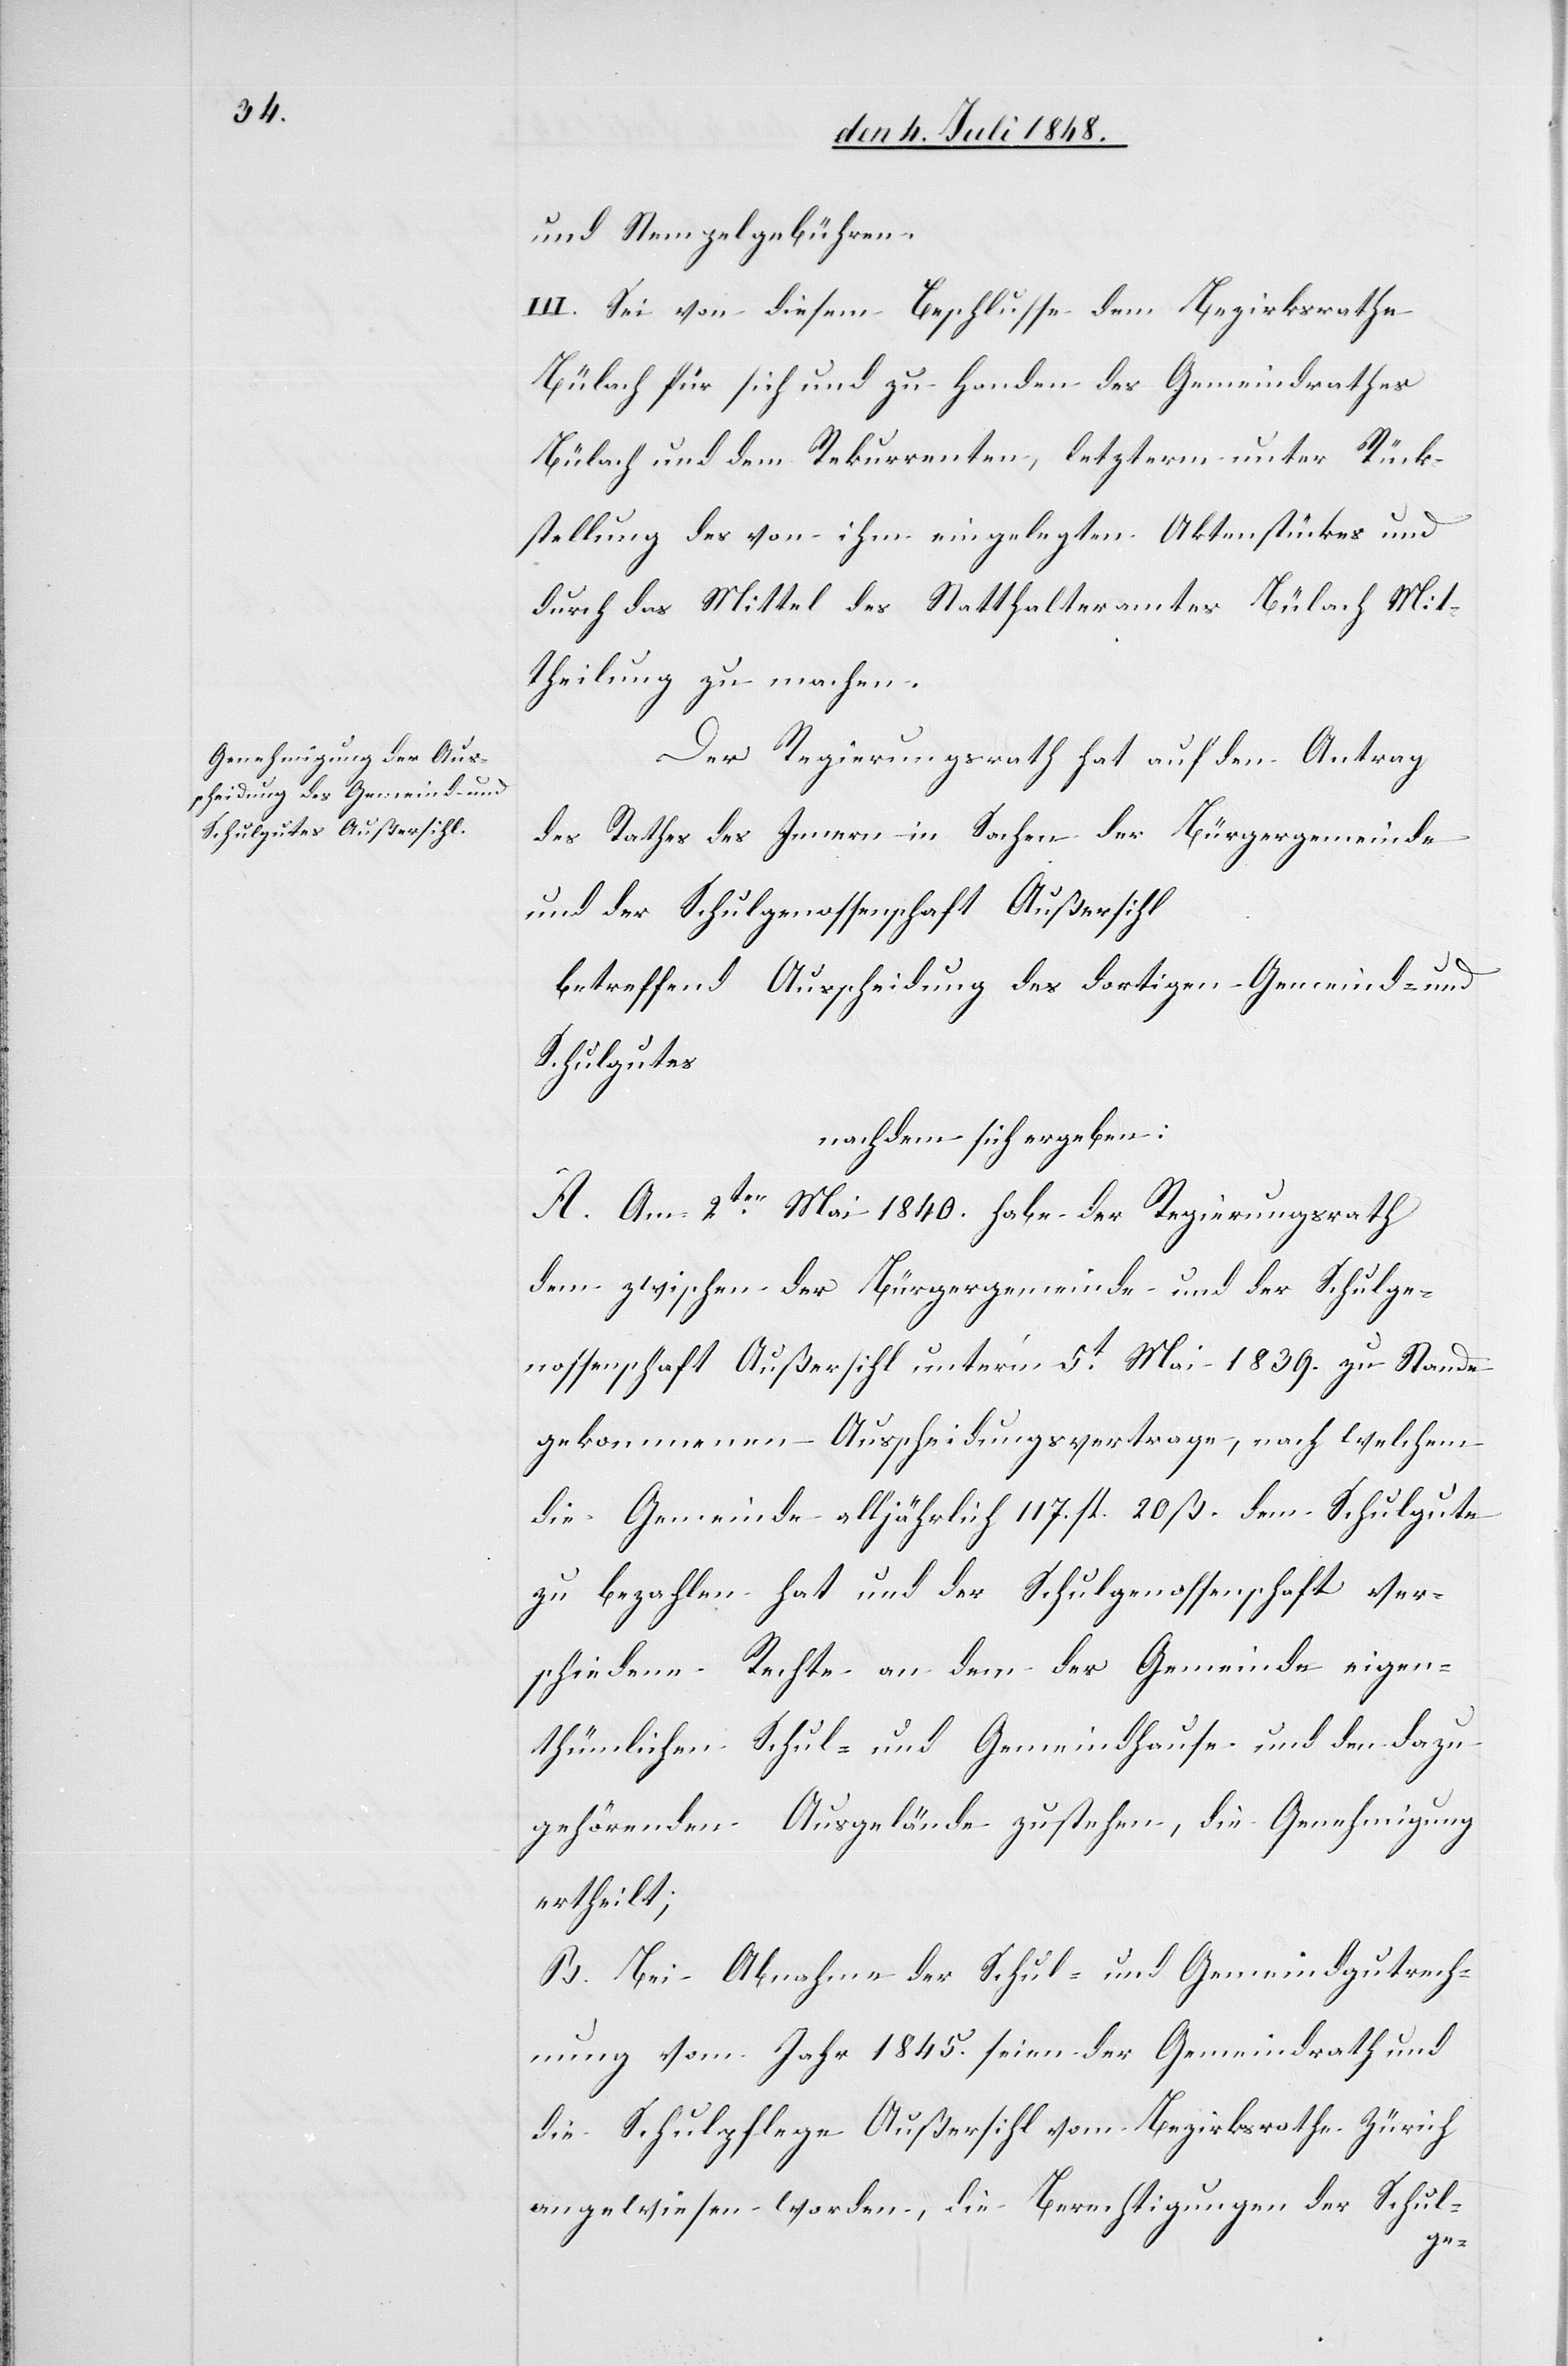
und Stempelgebühren.
III. Sei von diesem Beschlusse dem Bezirksrathe
Bülach für sich und zu Handen des Gemeindrathes
Bülach und dem Rekurrenten, letzterm unter Rück¬
sendung des von ihm eingelegten Aktenstückes und
durch das Mittel des Statthalteramtes Bülach Mit¬
theilung zu machen.
Der Regierungsrath hat auf den Antrag
des Rathes des Innern in Sachen der Bürgergemeinde
und der Schulgenossenschaft Außersihl
betreffend Ausscheidung des dortigen Gemeind- und
Schulgutes
nachdem sich ergeben:
A. Am 2ten Mai 1840. habe der Regierungsrath
dem zwischen der Bürgergemeinde und der Schulge¬
nossenschaft Außersihl unter’m 5t Mai 1839. zu Stande
gekommenen Ausscheidungsvertrage, nach welchem
die Gemeinde alljährlich 117. fl. 20.ß. dem Schulgute
zu bezahlen hat und der Schulgenossenschaft ver¬
schiedene Rechte an dem der Gemeinde eigen¬
thümlichen Schul- und Gemeindhause und den dazu¬
gehörenden Ausgelände zustehen, die Genehmigung
ertheilt;
B. Bei Abnahme der Schul- und Gemeindgutrech¬
nung vom Jahr 1845. seien der Gemeindrath und
die Schulpflege Außersihl vom Bezirksrathe Zürich
angewiesen worden, die Berechtigung der Schul-